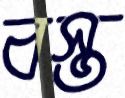
বস্ত